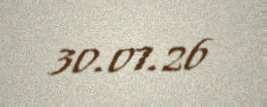
30.07.26